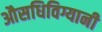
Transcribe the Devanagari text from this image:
औसधिविग्यानी